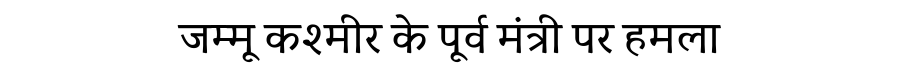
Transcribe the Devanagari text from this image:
जम्मू कश्मीर के पूर्व मंत्री पर हमला